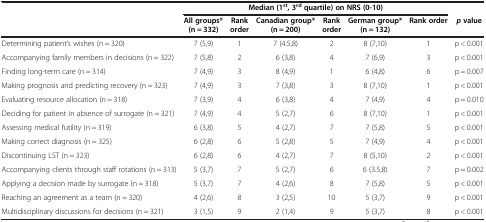
<table><thead><tr><td><b> </b></td><td colspan="6"><b>Median (1<sup>st</sup>, 3<sup>rd </sup>quartile) on NRS (0-10)</b></td><td><b> </b></td></tr><tr><td><b> </b></td><td><b>All groups* (n = 332)</b></td><td><b>Rank order</b></td><td><b>Canadian group* (n = 200)</b></td><td><b>Rank order</b></td><td><b>German group* (n = 132)</b></td><td><b>Rank order</b></td><td><b><i>p </i>value</b></td></tr></thead><tbody><tr><td>Determining patient’s wishes (n = 320)</td><td>7 (5,9)</td><td>1</td><td>7 (4.5,8)</td><td>2</td><td>8 (7,10)</td><td>1</td><td>p &lt; 0.001</td></tr><tr><td>Accompanying family members in decisions (n = 322)</td><td>7 (5,8)</td><td>2</td><td>6 (3,8)</td><td>4</td><td>7 (6,9)</td><td>3</td><td>p &lt; 0.001</td></tr><tr><td>Finding long-term care (n = 314)</td><td>7 (4,9)</td><td>3</td><td>8 (4,9)</td><td>1</td><td>6 (4,8)</td><td>6</td><td>p = 0.007</td></tr><tr><td>Making prognosis and predicting recovery (n = 323)</td><td>7 (4,9)</td><td>3</td><td>7 (3,8)</td><td>3</td><td>8 (7,10)</td><td>1</td><td>p &lt; 0.001</td></tr><tr><td>Evaluating resource allocation (n = 318)</td><td>7 (3,9)</td><td>4</td><td>6 (3,8)</td><td>4</td><td>7 (4,9)</td><td>4</td><td>p = 0.010</td></tr><tr><td>Deciding for patient in absence of surrogate (n = 321)</td><td>7 (4,9)</td><td>4</td><td>5 (2,7)</td><td>6</td><td>8 (7,10)</td><td>1</td><td>p &lt; 0.001</td></tr><tr><td>Assessing medical futility (n = 319)</td><td>6 (3,8)</td><td>5</td><td>4 (2,7)</td><td>7</td><td>7 (5,8)</td><td>5</td><td>p &lt; 0.001</td></tr><tr><td>Making correct diagnosis (n = 325)</td><td>6 (2,8)</td><td>6</td><td>5 (2,8)</td><td>5</td><td>7 (4,9)</td><td>4</td><td>p &lt; 0.001</td></tr><tr><td>Discontinuing LST (n = 323)</td><td>6 (2,8)</td><td>6</td><td>4 (2,7)</td><td>7</td><td>8 (5,10)</td><td>2</td><td>p &lt; 0.001</td></tr><tr><td>Accompanying clients through staff rotations (n = 313)</td><td>5 (3,7)</td><td>7</td><td>5 (2,7)</td><td>6</td><td>6 (3.5,8)</td><td>7</td><td>p = 0.002</td></tr><tr><td>Applying a decision made by surrogate (n = 318)</td><td>5 (3,7)</td><td>7</td><td>4 (2,6)</td><td>8</td><td>7 (5,8)</td><td>5</td><td>p &lt; 0.001</td></tr><tr><td>Reaching an agreement as a team (n = 320)</td><td>4 (2,6)</td><td>8</td><td>3 (2,5)</td><td>10</td><td>5 (3,7)</td><td>9</td><td>p &lt; 0.001</td></tr><tr><td>Multidisciplinary discussions for decisions (n = 321)</td><td>3 (1,5)</td><td>9</td><td>2 (1,4)</td><td>9</td><td>5 (3,7)</td><td>8</td><td>p &lt; 0.001</td></tr></tbody></table>